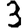
Digit: 3